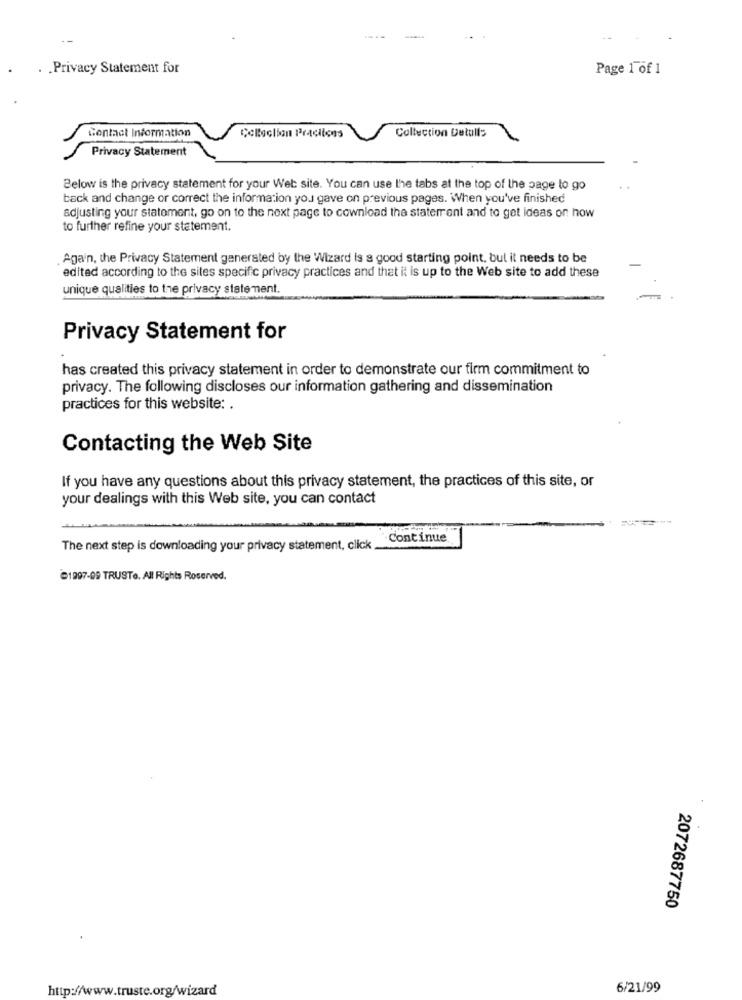
. . Privacy Statement for
Page 1 of 1
Contact Information
Collection Practices
Collection Detull:
Privacy Statement
Below is the privacy statement for your Web site. You can use the tabs at the top of the page to go
back and change or correct the information you gave on previous pages. When you've finished
adjusting your statement, go on to the next page to cownload the statement and to get ideas on how
to further refine your statement.
Again, the Privacy Statement generated by the Wizard is a good starting point, but it needs to be
edited according to the sites specific privacy practices and that it is up to the Web site to add these
unique qualities to the privacy statement.
Privacy Statement for
has created this privacy statement in order to demonstrate our firm commitment to
privacy. The following discloses our information gathering and dissemination
practices for this website: .
Contacting the Web Site
If you have any questions about this privacy statement, the practices of this site, or
your dealings with this Web site, you can contact
Continue
The next step is downloading your privacy statement, click
@1997-09 TRUSTe. All Rights Reserved.
2072687750
http://www.truste.org/wizard
6/21/99